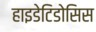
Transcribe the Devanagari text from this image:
हाइडेटिडोसिस